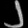
Digit: ၂